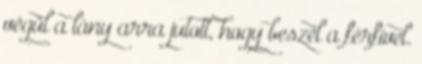
végül a lány arra jutott, hogy beszél a férfivel.